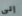
إلى